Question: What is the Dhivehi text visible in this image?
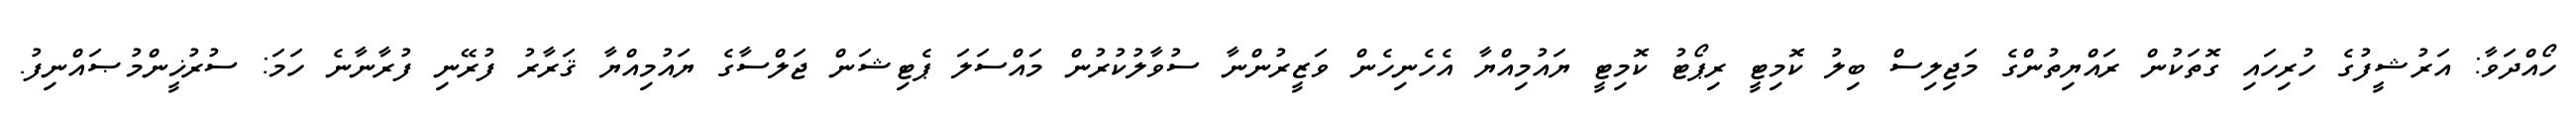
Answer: ހޯއްދަވާ: އަރުޝީފުގެ ހުރިހައި ގޮތަކުން ރައްޔިތުންގެ މަޖިލިސް ބިލު ކޮމިޓީ ރިޕޯޓު ކޮމިޓީ ޔައުމިއްޔާ އެހެނިހެން ވަޒީރުންނާ ސުވާލުކުރުން މައްސަލަ ޕެޓިޝަން ޖަލްސާގެ ޔައުމިއްޔާ ޤަރާރު ފުރޭނި ފުރާނާނެ ހަމަ: ސުރުޚީންމުޞައްނިފު.